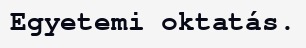
Egyetemi oktatás.